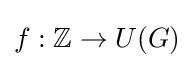
f:\mathbb {Z} \to U(G)